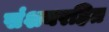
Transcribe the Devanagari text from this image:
संशयरहित